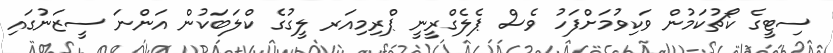
ސިޓީގެ ކޯޗުކަމުން ވަކިވުމަށްފަހު ވެސް ޕެލެގްރީނީ ޕްރިމިއަރ ލީގުގެ ކްލަބަކުން އަންނަ ސީޒަނުގައި